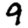
Digit: 9